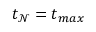
t _ { \mathcal { N } } = t _ { m a x }